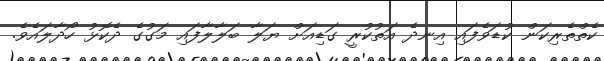
ކެތްތެރިކަން ކުޑަވެފައި އިނދެ އަތުކުރީ ގަޑިއަށް ޔަލާ ބަލާލާފައި މަގުގެ ދެކޮޅު ހޯދާލައެވެ.